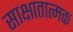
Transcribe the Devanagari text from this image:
साक्षातात्मक